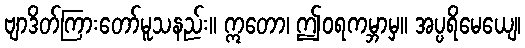
ဗျာဒိတ်ကြားတော်မူသနည်း။ ဣတော၊ ဤဝရကမ္ဘာမှ။ အပ္ပရိမေယျေ၊